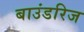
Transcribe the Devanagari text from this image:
बाउंडरिज